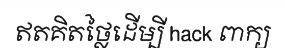
ឥតគិតថ្លៃដើម្បី hack ពាក្យ